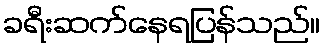
ခရီးဆက်နေရပြန်သည်။